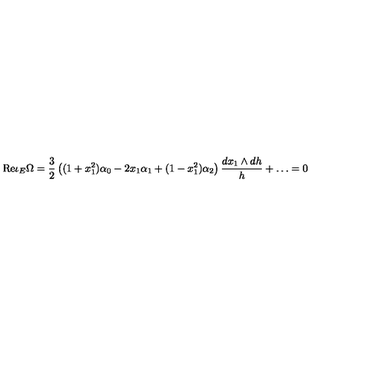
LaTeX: \mathrm { R e } \iota _ { E } \Omega = { \frac { 3 } { 2 } } \left( ( 1 + x _ { 1 } ^ { 2 } ) \alpha _ { 0 } - 2 x _ { 1 } \alpha _ { 1 } + ( 1 - x _ { 1 } ^ { 2 } ) \alpha _ { 2 } \right) { \frac { d x _ { 1 } \wedge d h } { h } } + \ldots = 0